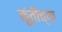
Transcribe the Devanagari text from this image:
कुंतीच्या